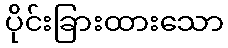
ပိုင်းခြားထားသော